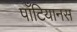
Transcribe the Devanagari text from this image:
पाँटियानस